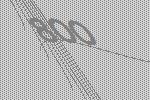
800